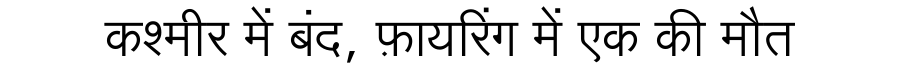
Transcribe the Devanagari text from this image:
कश्मीर में बंद, फ़ायरिंग में एक की मौत